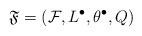
LaTeX: \begin{align*}\mathfrak{F}=(\mathcal{F}, L^\bullet, \theta^\bullet, Q)\end{align*}